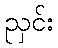
ညှင်း